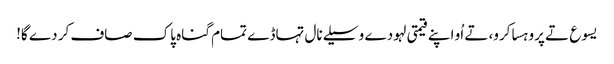
یسوع تے پروہسا کرو، تے اُو اپنے قیمتی لہو دے وسیلے نال تہاڈے تمام گناہ پاک صاف کر دے گا!